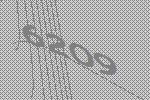
6209